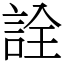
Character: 詮